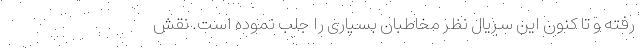
رفته و تا کنون این سریال نظر مخاطبان بسیاری را جلب نموده است. نقش